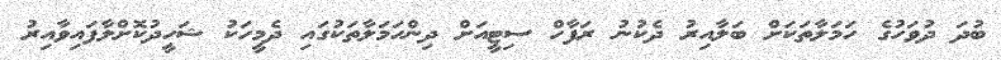
ބުދަ ދުވަހުގެ ހަމަލާތަކަށް ބަލާއިރު ދެކުނު ރަފާހް ސިޓީއަށް ދިންހަމަލާތަކުގައި ދެމީހަކު ޝަހީދުކޮށްލާފައިވާއިރު